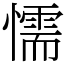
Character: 懦